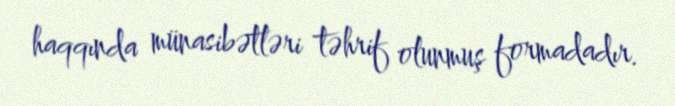
haqqında münasibətləri təhrif olunmuş formadadır.